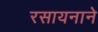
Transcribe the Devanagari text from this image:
रसायनाने